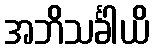
အဘိသင်္ခါယိ